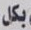
بكل